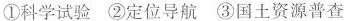
①科学试验②定位导航③国土资源普查